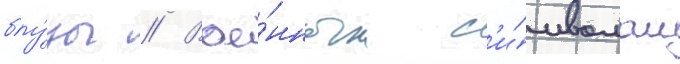
блу́зы // Вое́нным с'и́мволом